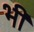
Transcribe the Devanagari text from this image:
भी